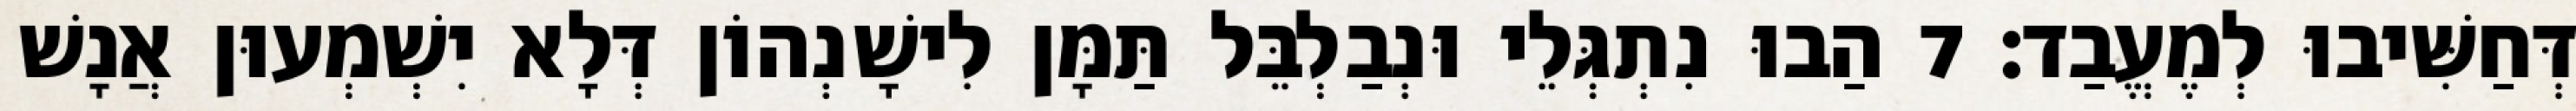
דְּחַשִּׁיבוּ לְמֶעֱבַד׃ 7 הַבוּ נִתְגְּלֵי וּנְבַלְבֵּל תַּמָּן לִישָׁנְהוֹן דְּלָא יִשְׁמְעוּן אֲנָשׁ